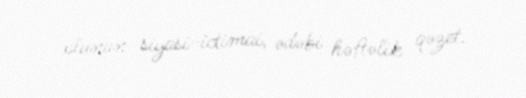
olunan siyasi-ictimai, ədəbi həftəlik qəzet.